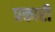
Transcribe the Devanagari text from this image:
प्रकारी